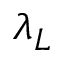
\lambda _ { L }